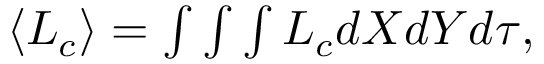
\begin{array} { r } { \langle L _ { c } \rangle = \int \int \int L _ { c } d X d Y d \tau , } \end{array}